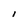
Character: I